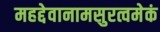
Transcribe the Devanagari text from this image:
महद्देवानामसुरत्वमेकं